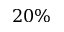
2 0 \%